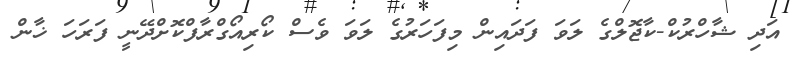
އަދި ޝާހްރުކް-ކާޖޮލްގެ ލަވަ ފަދައިން މިފަހަރުގެ ލަވަ ވެސް ކޯރިއޯގްރާފްކޮށްދޭނީ ފަރަހަ ޚާން